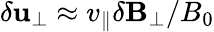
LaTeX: \delta\mathbf{u}_{\perp}\approx v_{\parallel}\delta\mathbf{B}_{\perp}/B_{0}